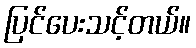
ပြင်ပေးသင့်တယ်။